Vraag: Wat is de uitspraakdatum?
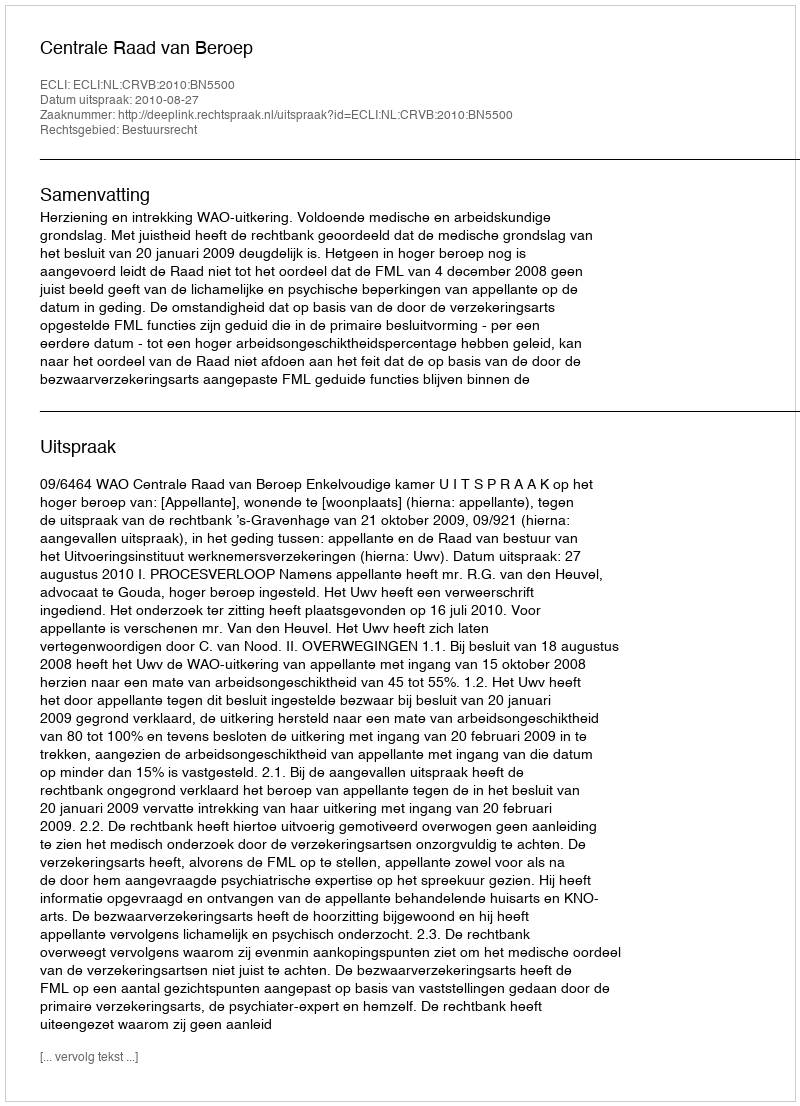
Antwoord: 2010-08-27